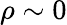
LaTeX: \rho\sim 0